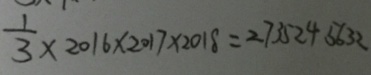
= \frac { 1 } { 3 } \times 2 0 1 6 \times 2 0 1 7 \times 2 0 1 8 = 2 7 3 5 2 4 5 6 3 2